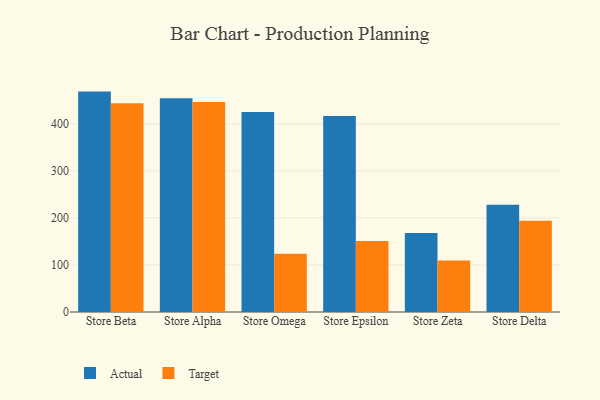
{"axis": {"x": "Store", "y": "LTV (USD)"}, "legend": ["Actual", "Target"], "data": [{"x": "Store Beta", "y": 468.4, "type": "Actual"}, {"x": "Store Beta", "y": 443.8, "type": "Target"}, {"x": "Store Alpha", "y": 454.3, "type": "Actual"}, {"x": "Store Alpha", "y": 446.1, "type": "Target"}, {"x": "Store Omega", "y": 425.0, "type": "Actual"}, {"x": "Store Omega", "y": 123.6, "type": "Target"}, {"x": "Store Epsilon", "y": 416.8, "type": "Actual"}, {"x": "Store Epsilon", "y": 150.8, "type": "Target"}, {"x": "Store Zeta", "y": 168.1, "type": "Actual"}, {"x": "Store Zeta", "y": 109.5, "type": "Target"}, {"x": "Store Delta", "y": 228.1, "type": "Actual"}, {"x": "Store Delta", "y": 194.1, "type": "Target"}]}